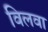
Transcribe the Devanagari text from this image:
विलवा